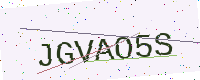
Text: JGVAO5S